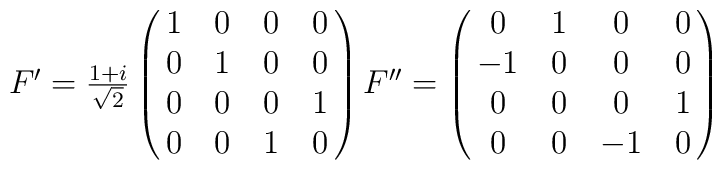
\begin{array}{c}F' = \frac{1+i}{\sqrt{2}}\left(\matrix{1 & 0 & 0 & 0 \\ 	0 & 1 & 0 & 0 \\	0 & 0 & 0 & 1 \\	0 & 0 & 1 & 0 \\}\right)F'' = \left(\matrix{0 & 1 & 0 & 0 \\ 	-1 & 0 & 0 & 0 \\	0 & 0 & 0 & 1 \\	0 & 0 & -1 & 0 \\}\right)\end{array}